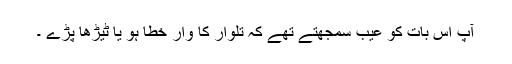
آپ اس بات کو عیب سمجھتے تھے کہ تلوار کا وار خطا ہو یا ٹیڑھا پڑے ۔